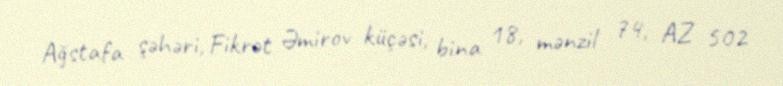
Ağstafa şəhəri, Fikrət Əmirov küçəsi, bina 18, mənzil 74, AZ 502